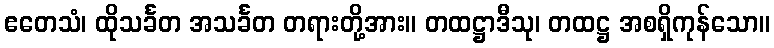
ဧတေသံ၊ ထိုသင်္ခတ အသင်္ခတ တရားတို့အား။ တထဋ္ဌာဒီသု၊ တထဋ္ဌ အစရှိကုန်သော။